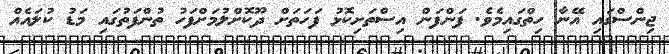
ޖިންސްގައި އޭނާ ހިތްގައިމެވެ. ފަންފަން އިސްތަށިކޮޅު ފަހަތަށް ދޫކޮށްލުމަށްފަހު ތުންފަތުގައި މަޑު ކުލައެއް